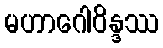
မဟာဂေါဝိန္ဒဿ